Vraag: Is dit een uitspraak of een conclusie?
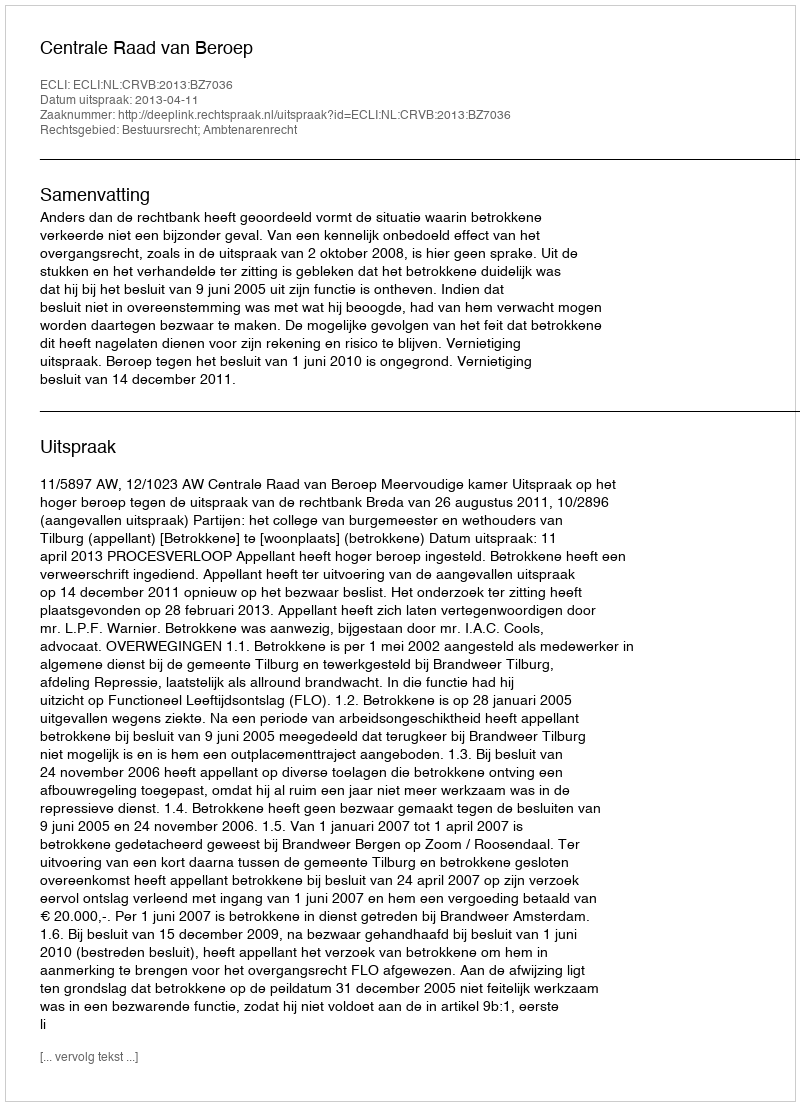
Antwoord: Uitspraak